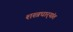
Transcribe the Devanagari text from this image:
शस्त्रधार्‍यांत